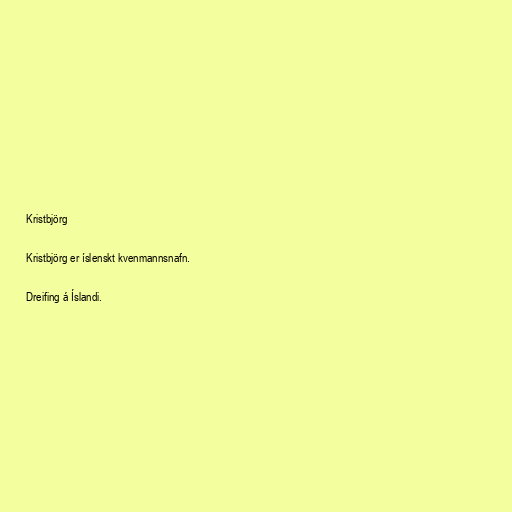
Kristbjörg

Kristbjörg er íslenskt kvenmannsnafn.

Dreifing á Íslandi.